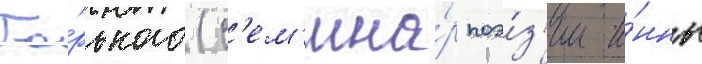
Го́рького (с'ем'ина́р поэ́з'ии и́нны